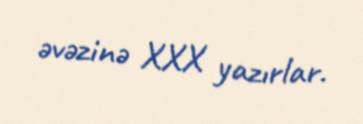
əvəzinə XXX yazırlar.